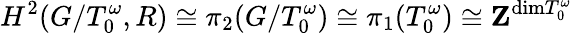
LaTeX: H^{2}(G/T_{0}^{\omega},R)\cong\pi_{2}(G/T_{0}^{\omega})\cong\pi_{1}(T_{0}^{\omega})\cong{\mathbf Z}^{\mathrm{dim}T_{0}^{\omega}}